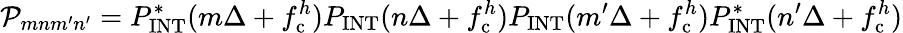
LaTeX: \mathcal{P}_{mnm^{\prime}n^{\prime}}=P_{\mathrm{INT}}^{\ast}(m\Delta+f_{\mathrm{c}}^{h})P_{\mathrm{INT}}(n\Delta+f_{\mathrm{c}}^{h})P_{\mathrm{INT}}(m^{\prime}\Delta+f_{\mathrm{c}}^{h})P_{\mathrm{INT}}^{\ast}(n^{\prime}\Delta+f_{\mathrm{c}}^{h})